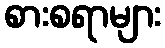
စားစရာများ